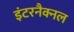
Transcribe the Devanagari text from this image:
इंटरनैक्नल